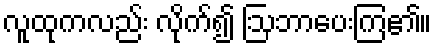
လူထုကလည်း လိုက်၍ ဩဘာပေးကြ၏။